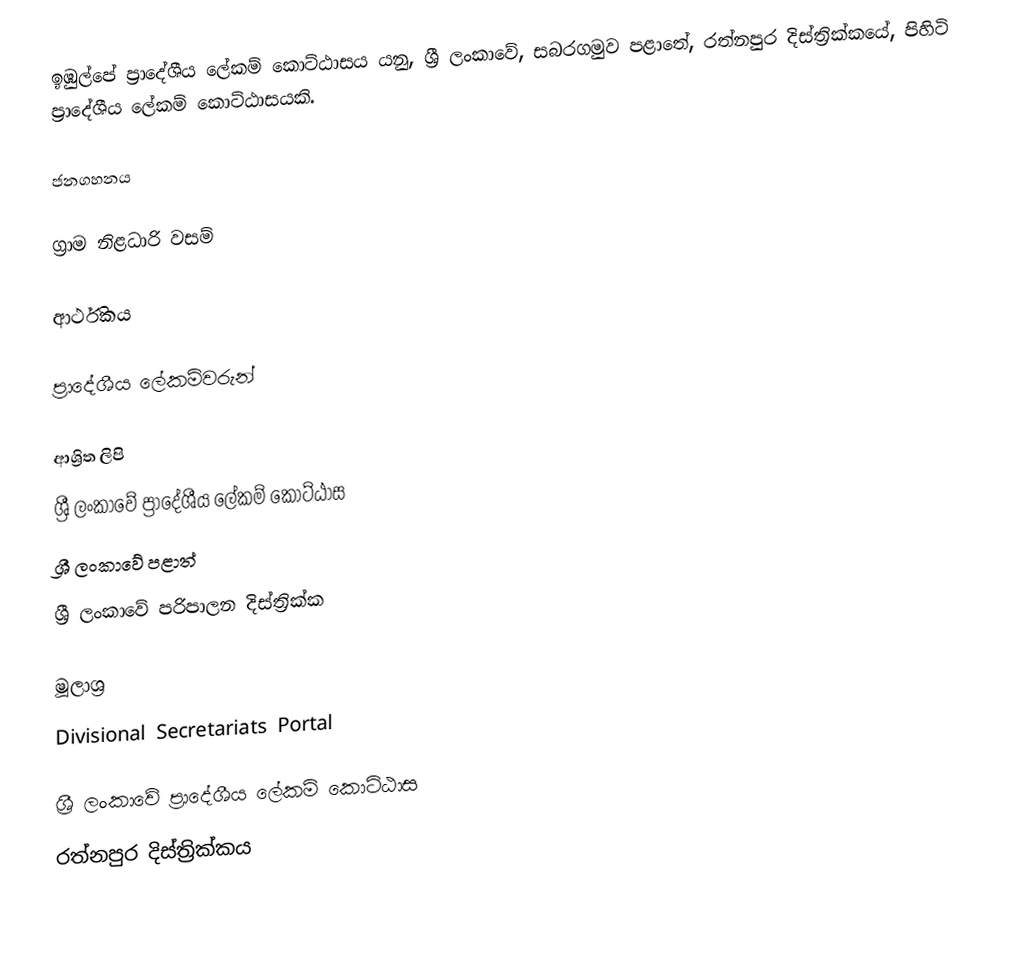
ඉඹුල්පේ ප්‍රාදේශීය ලේකම් කොට්ඨාසය යනු,  ශ්‍රී ලංකාවේ, සබරගමුව පළාතේ,   රත්නපුර දිස්ත්‍රික්කයේ, පිහිටි ප්‍රාදේශීය ලේකම් කොට්ඨාසයකි.

ජනගහනය

ග්‍රාම නිළධාරි වසම්

ආර්ථිකය

ප්‍රාදේශීය ලේකම්වරුන්

ආශ්‍රිත ලිපි
ශ්‍රී ලංකාවේ ප්‍රාදේශීය ලේකම් කොට්ඨාස
ශ්‍රී ලංකාවේ පළාත්
ශ්‍රී ලංකාවේ පරිපාලන දිස්ත්‍රික්ක

මූලාශ්‍ර
 Divisional Secretariats Portal

ශ්‍රී ලංකාවේ ප්‍රාදේශීය ලේකම් කොට්ඨාස
රත්නපුර  දිස්ත්‍රික්කය